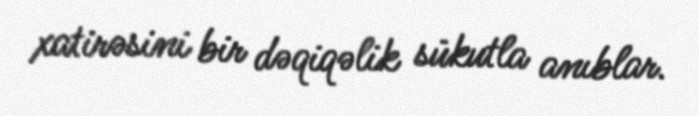
xatirəsini bir dəqiqəlik sükutla anıblar.